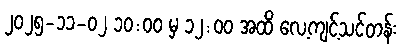
၂၀၂၅-၁၁-၀၂ ၁၀:၀၀ မှ ၁၂:၀၀ အထိ လေ့ကျင့်သင်တန်း